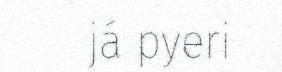
já pyeri